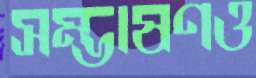
সম্ভাষণও